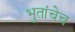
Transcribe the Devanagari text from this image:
भुतांचेच